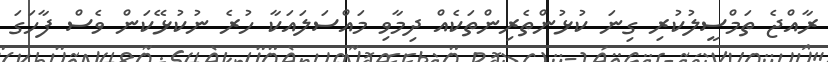
ރާއްޖެ ތަމްސީލުކުރި ގިނަ ކުޅުންތެރިންތަކެއް ދިމާވި މައްސަލައަކާ ހުރެ ނުކުޅޭކަން ވެސް ފާހަގަ